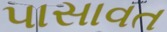
પાસાવત